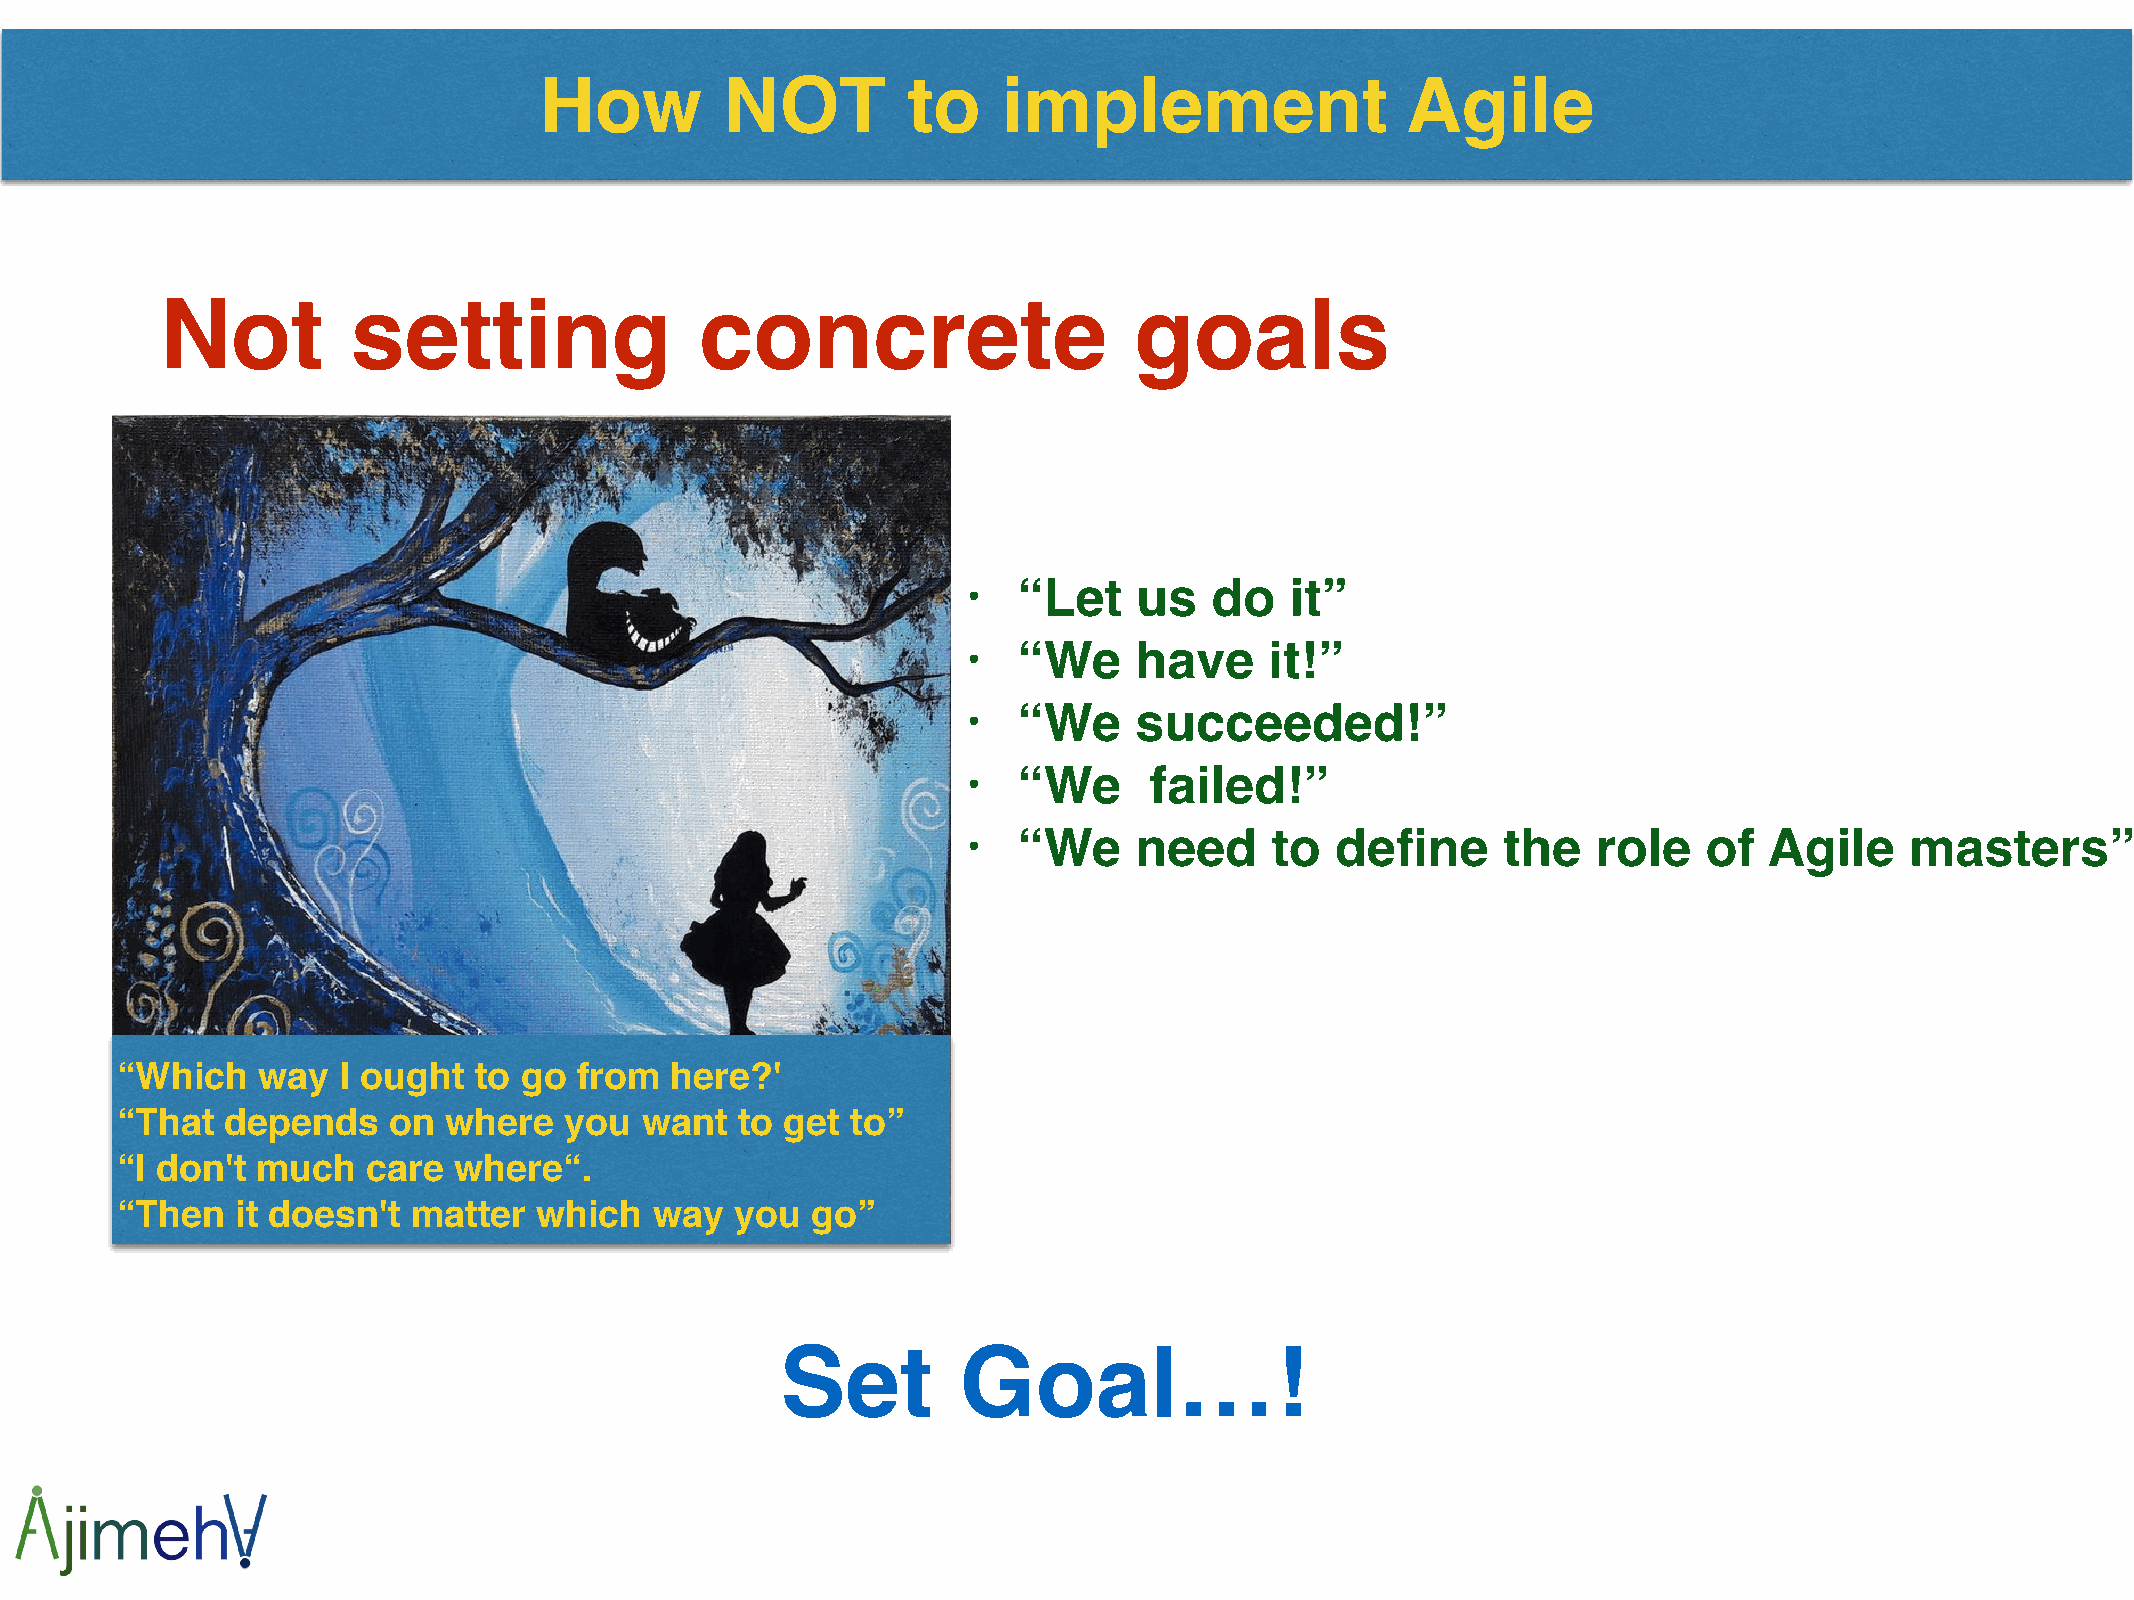
How         NOT         to    implement                  Agile
 Not         setting                concrete                     goals
 •  “Let    us   do   it”!
 •  “We     have     it!”  !
 •  “We     succeeded!”!
 •  “We      failed!”!
 •  “We     need     to  define     the    role   of  Agile    masters”
 “Which   way  I ought  to go  from  here?'!
 “That  depends    on  where  you  want   to get to”!
 “I don't much   care  where“.!
 “Then   it doesn't matter  which   way   you  go”
 Set         Goal…!